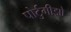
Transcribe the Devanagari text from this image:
पोर्टुगीझो